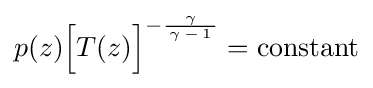
p(z){\Bigl [}T(z){\Bigr ]}^{-{\frac {\gamma }{\,\gamma \,-\,1\,}}}={\text{constant}}